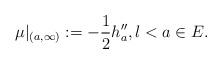
\begin{align*}\mu|_{(a,\infty)}:=-\frac{1}{2}h''_a,l< a\in E. \end{align*}